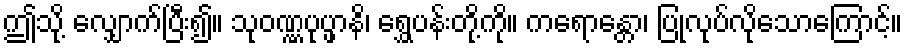
ဤသို့ လျှောက်ပြီး၍။ သုဝဏ္ဏပုပ္ဖာနိ၊ ရွှေပန်းတို့ကို။ ကရောန္တော၊ ပြုလုပ်လိုသောကြောင့်။